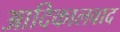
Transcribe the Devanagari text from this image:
आदिकालवाद